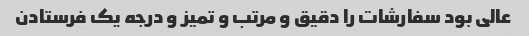
عالی بود سفارشات را دقیق و مرتب و تمیز و درجه یک فرستادن